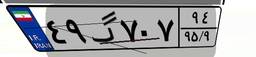
۴۹گ۷۰۷۹۴